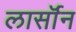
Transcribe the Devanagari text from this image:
लार्सॉन